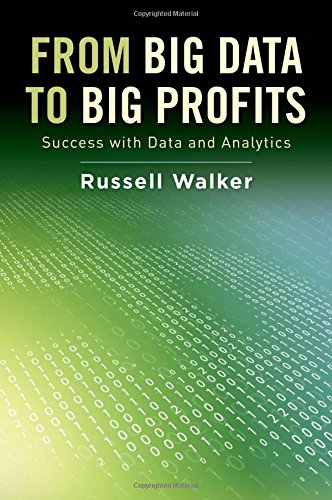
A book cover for From Big Data to Big Profits: Success with Data and Analytics; Russell Walker; Computers & Technology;